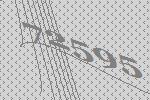
72595